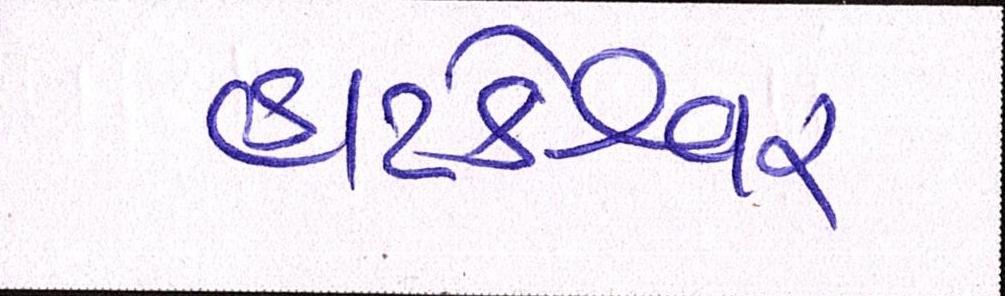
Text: હાટકેશ્વર